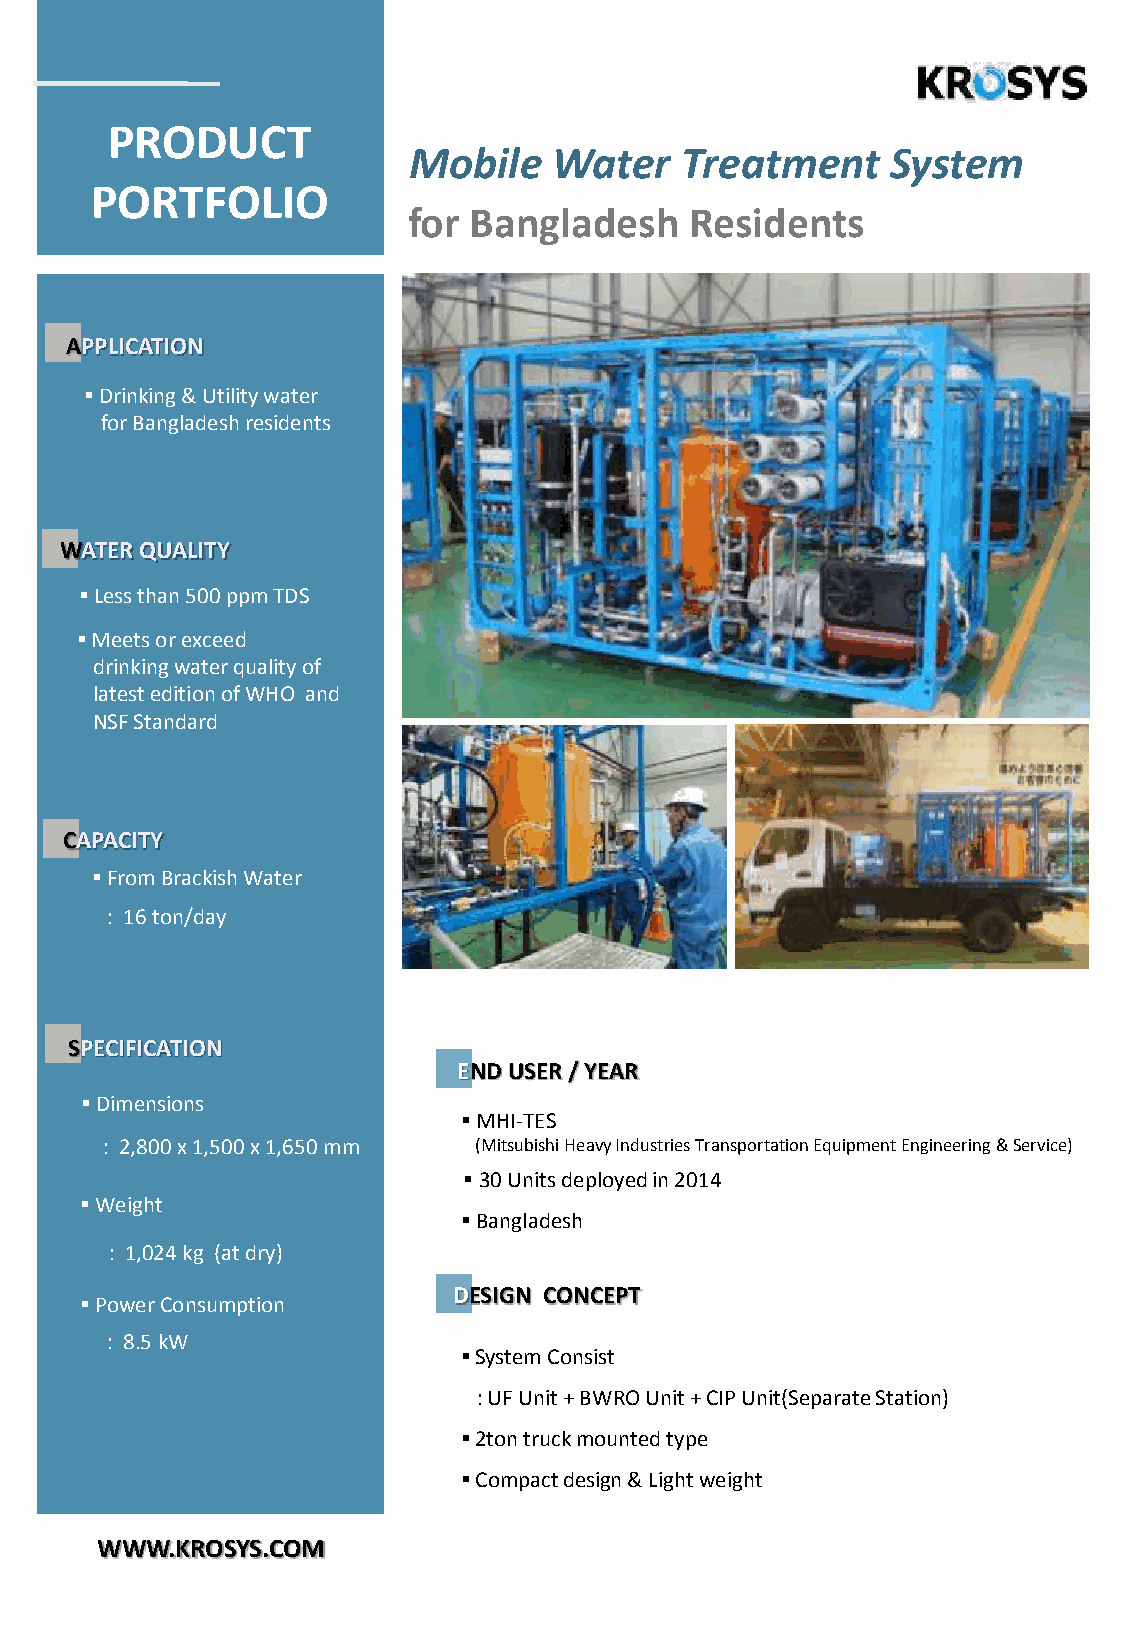
PRODUCT
 Mobile    Water   Treatment     System
 PORTFOLIO
 for Bangladesh     Residents
 APPLICATION
 ▪Drinking & Utility water
 for Bangladesh residents
 WATER QUALITY
 ▪Less than 500 ppm TDS
 ▪Meets or exceed
 drinking water quality of
 latest edition of WHO and
 NSF Standard
 CAPACITY
 ▪From Brackish Water
 : 16 ton/day
 SPECIFICATION
 END USER / YEAR
 ▪Dimensions
 ▪MHI-TES
 : 2,800 x 1,500 x 1,650 mm (Mitsubishi Heavy Industries Transportation Equipment Engineering & Service)
 ▪30 Units deployed in 2014
 ▪Weight
 ▪Bangladesh
 : 1,024 kg (at dry)
 DESIGN CONCEPT
 ▪Power Consumption
 : 8.5 kW
 ▪System Consist
 : UF Unit + BWRO Unit + CIP Unit(Separate Station)
 ▪2ton truck mounted type
 ▪Compact design & Light weight
 WWW.KROSYS.COM